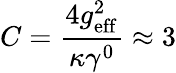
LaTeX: C=\frac{4g_{\mathrm{eff}}^{2}}{\kappa\gamma^{0}}\approx 3